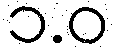
၁.ဝ